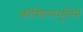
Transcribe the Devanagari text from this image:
कौण्डिन्यमुनिने